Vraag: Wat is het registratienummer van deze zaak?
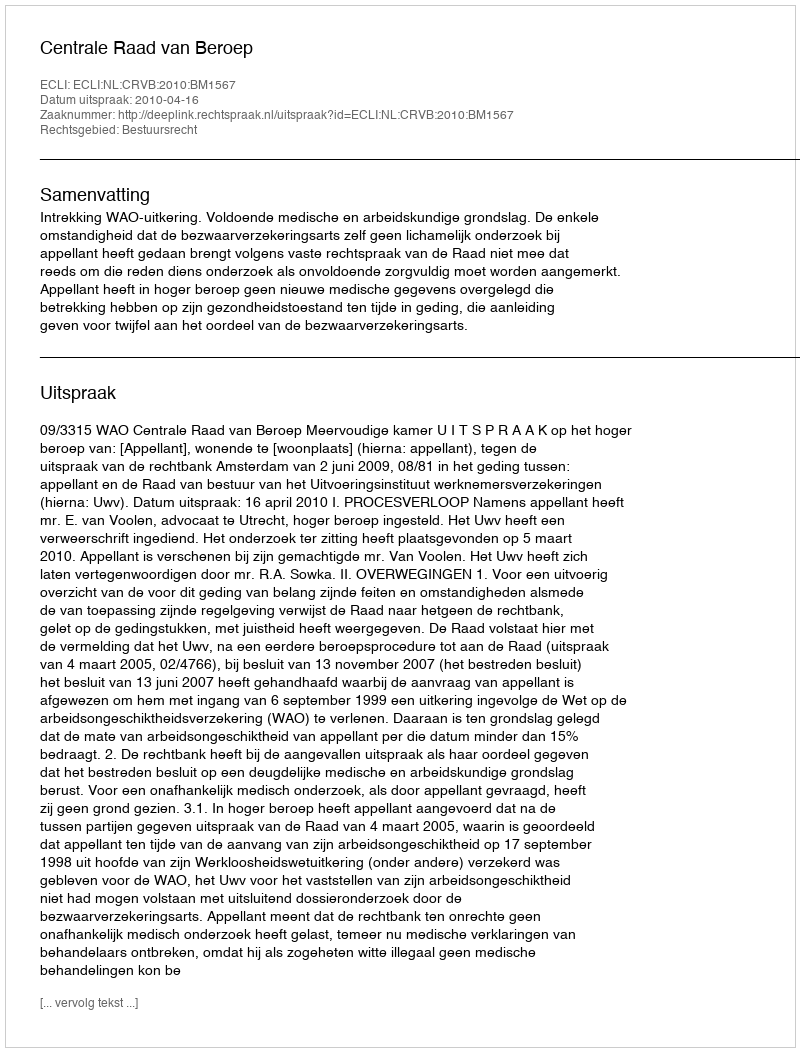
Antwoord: http://deeplink.rechtspraak.nl/uitspraak?id=ECLI:NL:CRVB:2010:BM1567